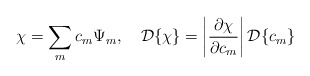
\begin{align*}\chi = \sum_m c_m\Psi_m, \quad {\cal D}\{\chi\} =\left|\frac{\partial\chi}{\partial c_m}\right|{\cal D}\{c_m\}\end{align*}